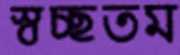
স্বচ্ছতম